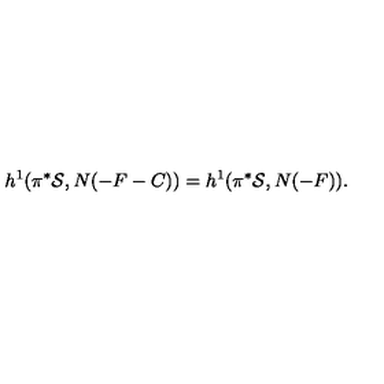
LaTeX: h ^ { 1 } ( \pi ^ { * } { \cal S } , N ( - F - C ) ) = h ^ { 1 } ( \pi ^ { * } { \cal S } , N ( - F ) ) .